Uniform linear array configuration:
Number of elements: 12
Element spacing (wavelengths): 0.25
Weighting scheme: hann
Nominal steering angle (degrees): -60
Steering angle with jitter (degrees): -60.346
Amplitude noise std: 0.05
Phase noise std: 0.05

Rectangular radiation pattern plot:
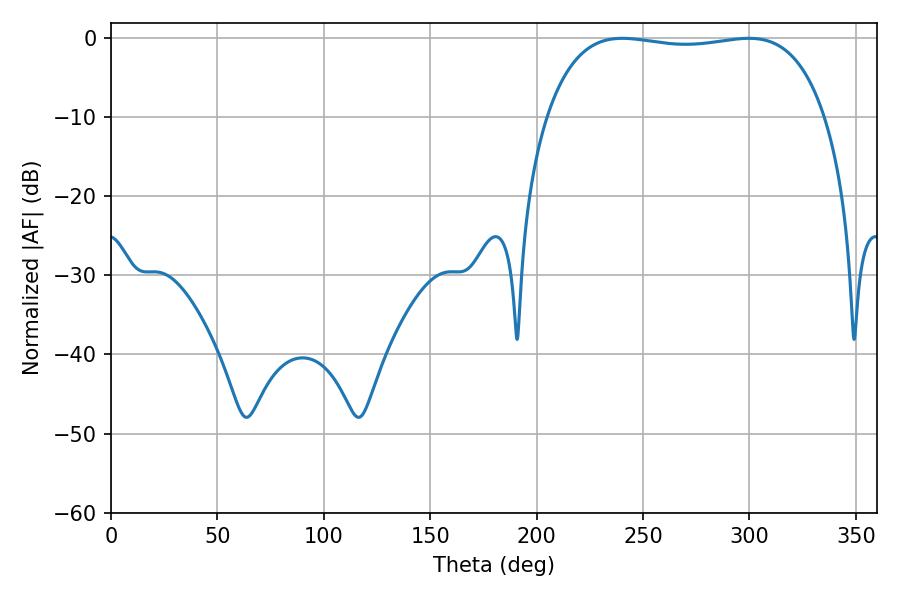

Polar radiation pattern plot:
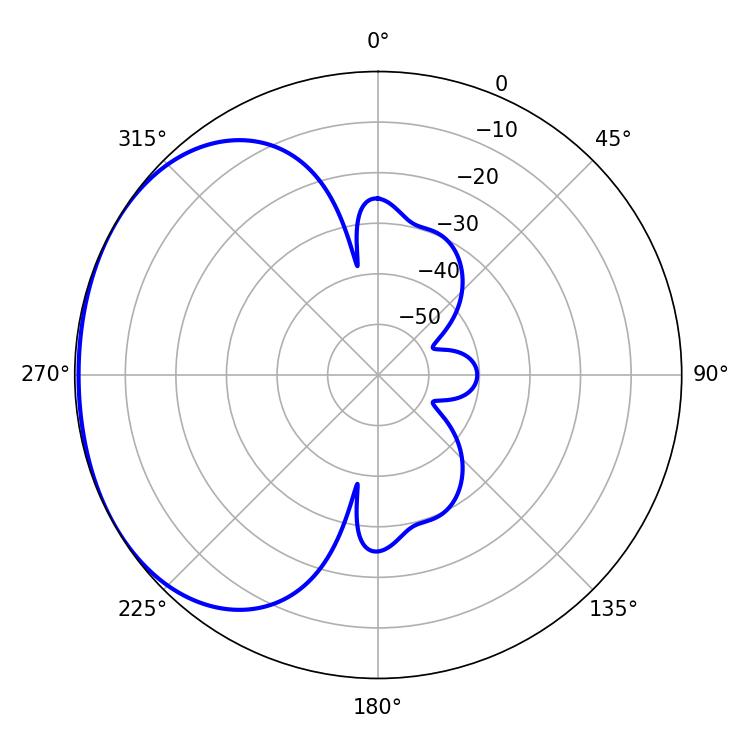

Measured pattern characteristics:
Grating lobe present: FALSE
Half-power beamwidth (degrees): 104.76
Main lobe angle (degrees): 240.3